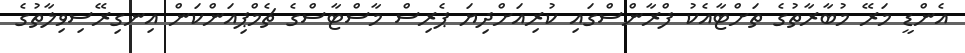
އެންޑީ މަރޭ މުބާރާތުގެ ތަށްޓާއެކު ފްރާންސްގައި ކުރިއަށްދިޔަ ޕެރިސް މާސްޓާސްގެ ޗެމްޕިއަންކަން އިނގިރޭސިވިލާތުގެ